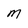
Character: M